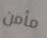
مأمن